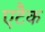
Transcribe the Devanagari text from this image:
एटैक